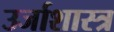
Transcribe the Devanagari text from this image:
उर्जाशास्त्र